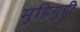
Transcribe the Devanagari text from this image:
मुहियुद्दी